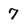
Character: 7